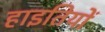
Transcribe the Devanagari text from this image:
हाइतियों